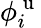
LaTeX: \phi_{i}^{\mathrm{~u~}}